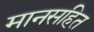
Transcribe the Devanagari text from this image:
मानसहित